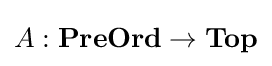
A:\mathbf {PreOrd} \to \mathbf {Top}